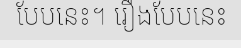
បែបនេះ។ រឿងបែបនេះ